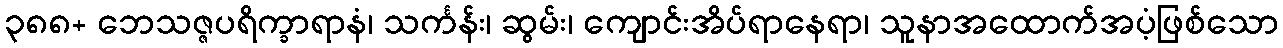
၃၈၈+ ဘေသဇ္ဇပရိက္ခာရာနံ၊ သင်္ကန်း၊ ဆွမ်း၊ ကျောင်းအိပ်ရာနေရာ၊ သူနာအထောက်အပံ့ဖြစ်သော